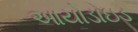
આયોડાઇડ